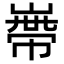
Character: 𡻺